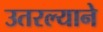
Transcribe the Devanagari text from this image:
उतरल्याने